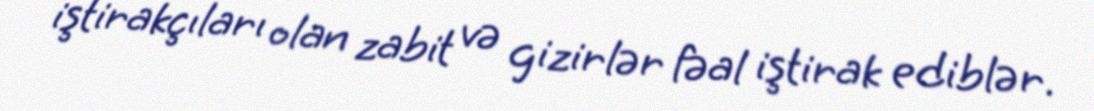
iştirakçıları olan zabit və gizirlər fəal iştirak ediblər.